Report on lock hospitals in British Burma
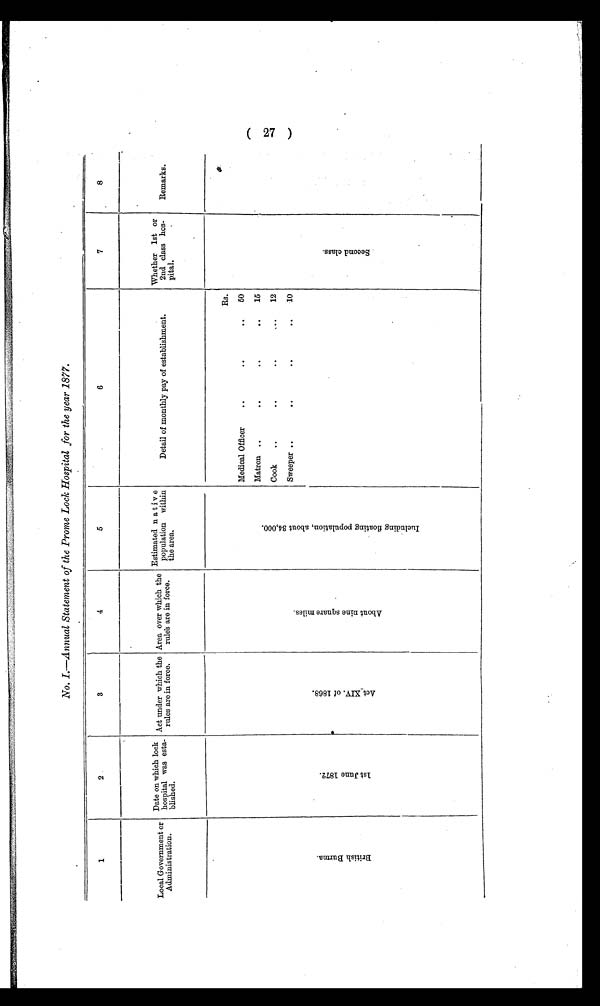
No. I.—Annual Statement of the Prome Lock Hospital for the year 1877.
1
2.
3
4
5
6
7
8
Local Government or
Administration.
Date on which lock
hospital was esta-
blished.
Act under which the
rules are in force.
Area over which the
rules are in force.
Estimated native
population within
the area.
Detail of monthly pay of establishment.
Whether 1st or
2nd class hos-
pital.
Remarks.
B r i t i s h B u r m a .
1 s t J u n e 1 8 7 2 .
A c t X I V . o f 1 8 6 8 .
A b o u t n i n e s u a r e m i l e s .
I n c l u d i n g f l o a t i n g p o p u l a t i o n , a b o u t 3 4 , 0 0 0
.
Rs.
Medical Officer
. . .
. .
..
50
Matron ..
..
..
..'
15
Cook
..
. .
..
..
12
Sweeper ..
..
..
..
10
S e c o n d c l a s s .
(27)